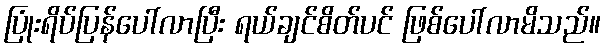
ပြုံးရိပ်ပြန်ပေါ်လာပြီး ရယ်ချင်စိတ်ပင် ဖြစ်ပေါ်လာမိသည်။